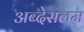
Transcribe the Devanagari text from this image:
अब्देसलम